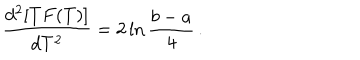
\frac { d ^ { 2 } [ T F ( T ) ] } { d T ^ { 2 } } = 2 \ln \frac { b - a } { 4 } \, .